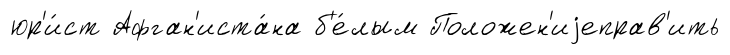
юр'и́ст Афган'иста́на б'е́лым Положен'иjеправ'ить